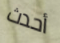
أحدث